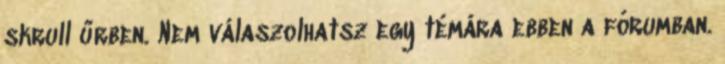
skrull űrben. Nem válaszolhatsz egy témára ebben a fórumban.